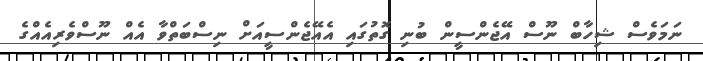
ނަމަވެސް ޝިހާބް ނޫސް އޭޖެންސީން ބުނި ގޮތުގައި އެއޭޖެންސީއަށް ނިސްބަތްވާ އެއް ނޫސްވެރިއެއްގެ